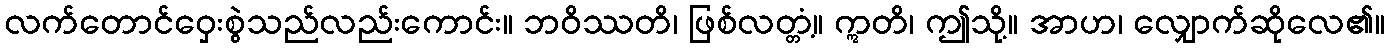
လက်တောင်ဝှေးစွဲသည်လည်းကောင်း။ ဘဝိဿတိ၊ ဖြစ်လတ္တံ့။ ဣတိ၊ ဤသို့။ အာဟ၊ လျှောက်ဆိုလေ၏။